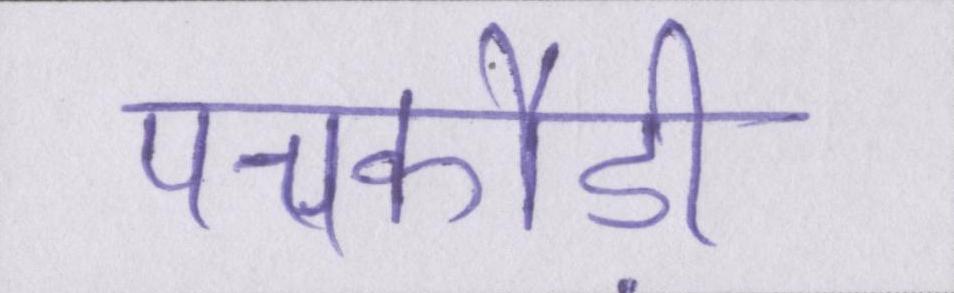
पचकौड़ी